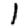
Digit: 1